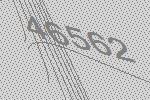
46562